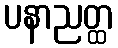
ပနာညတ္ထ